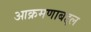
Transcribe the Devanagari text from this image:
आक्रमणाबद्दल